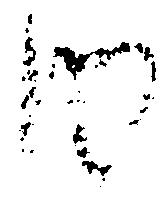
由